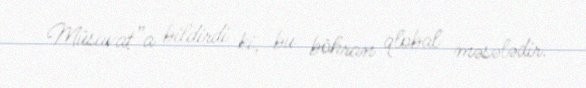
Müsavat”a bildirdi ki, bu böhran qlobal məsələdir.